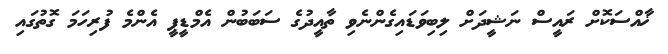
ޚާއްސަކޮށް ރައީސް ނަޝީދަށް ލިބިވަޑައިގެންނެވި ތާއީދުގެ ސަބަބުން އެމްޑީޕީ އެންމެ ފުރިހަމަ ގޮތުގައި